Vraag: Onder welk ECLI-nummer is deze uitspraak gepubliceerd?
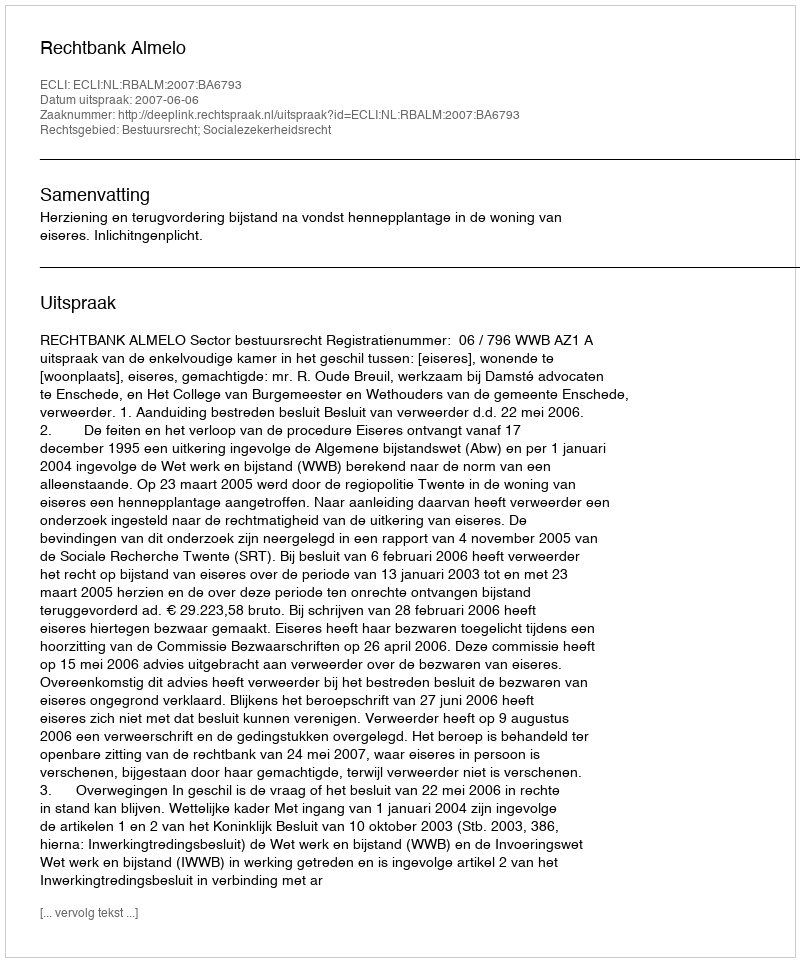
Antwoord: ECLI:NL:RBALM:2007:BA6793